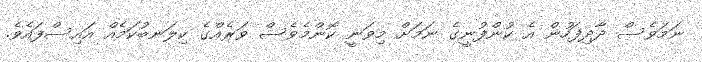
ނަމަވެސް ދާދިފަހުން އެ ކުންފުނީގެ ނަމަށް މިވަނީ ކޮންމެވެސް ވަރެއްގެ ކިލަނބުކަމެއް އައިސްފައެވެ.